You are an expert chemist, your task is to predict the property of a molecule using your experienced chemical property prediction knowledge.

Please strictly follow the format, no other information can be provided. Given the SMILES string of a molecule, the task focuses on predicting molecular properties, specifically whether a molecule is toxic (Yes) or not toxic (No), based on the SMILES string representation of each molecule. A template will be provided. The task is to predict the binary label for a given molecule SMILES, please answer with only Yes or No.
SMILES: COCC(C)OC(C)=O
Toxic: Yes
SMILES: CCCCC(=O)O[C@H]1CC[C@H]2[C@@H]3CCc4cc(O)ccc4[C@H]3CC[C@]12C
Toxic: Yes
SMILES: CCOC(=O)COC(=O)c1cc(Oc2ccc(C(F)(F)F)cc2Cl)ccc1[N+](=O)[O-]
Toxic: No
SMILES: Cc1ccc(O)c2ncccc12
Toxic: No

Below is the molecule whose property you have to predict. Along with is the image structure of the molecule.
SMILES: CC(C)(C)NCC(O)c1ccccc1Cl
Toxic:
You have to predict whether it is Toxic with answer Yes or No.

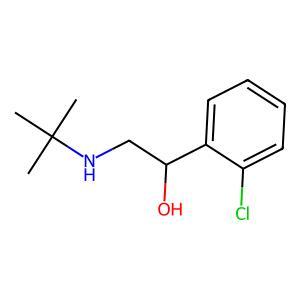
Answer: No